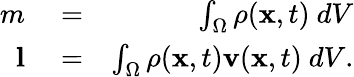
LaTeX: \begin{array}{rlr}{m}&{{}=}&{\int_{\Omega}\rho(\mathbf{x},t)\ dV}\\ {\mathbf{l}}&{{}=}&{\int_{\Omega}\rho(\mathbf{x},t)\mathbf{v}(\mathbf{x},t)\ dV.}\end{array}